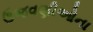
ઉજવણીઓના